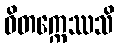
ဝိတက္ကေဿသိ